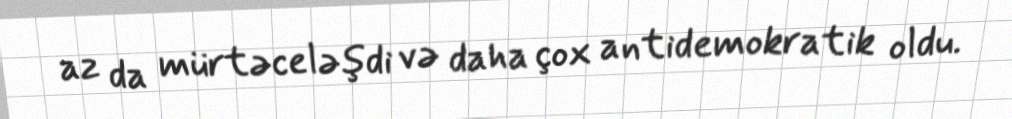
az da mürtəceləşdi və daha çox antidemokratik oldu.